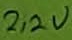
Text: 2,2V